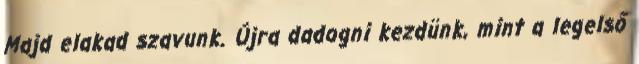
Majd elakad szavunk. Újra dadogni kezdünk, mint a legelső